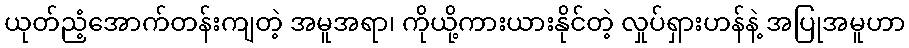
ယုတ်ညံ့အောက်တန်းကျတဲ့ အမူအရာ၊ ကိုယို့ကားယားနိုင်တဲ့ လှုပ်ရှားဟန်နဲ့ အပြုအမူဟာ